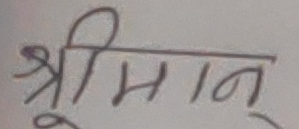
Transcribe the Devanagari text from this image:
श्रीमान्